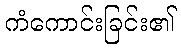
ကံကောင်းခြင်း၏